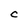
Character: c